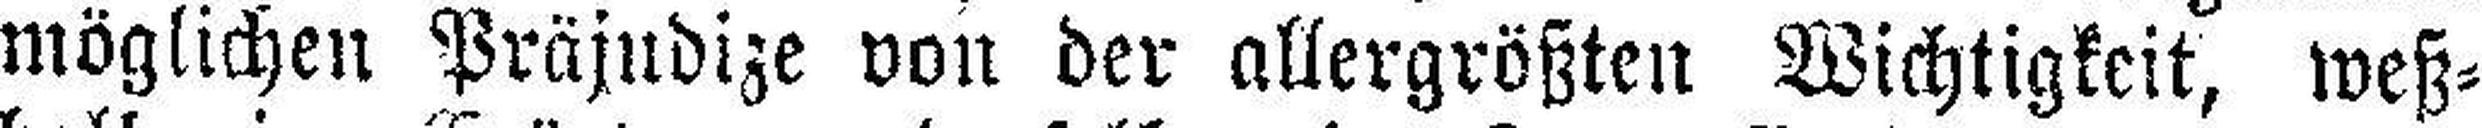
möglichen Präjudize von der allergrößten Wichtigkeit, weß¬